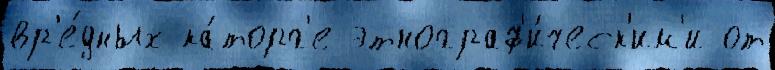
вр'е́дных ка́торг'е этнограф'и́ческ'им'и от